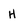
Character: H